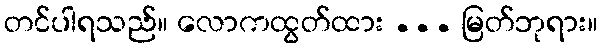
တင်ပါရသည်။ လောကထွတ်ထား ... မြတ်ဘုရား။